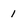
Character: 1